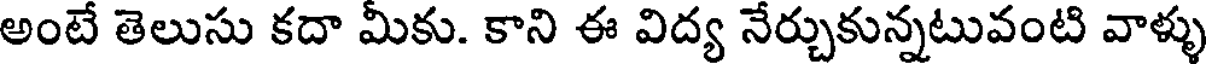
అంటే తెలుసు కదా మీకు. కాని ఈ విద్య నేర్చుకున్నటువంటి వాళ్ళు